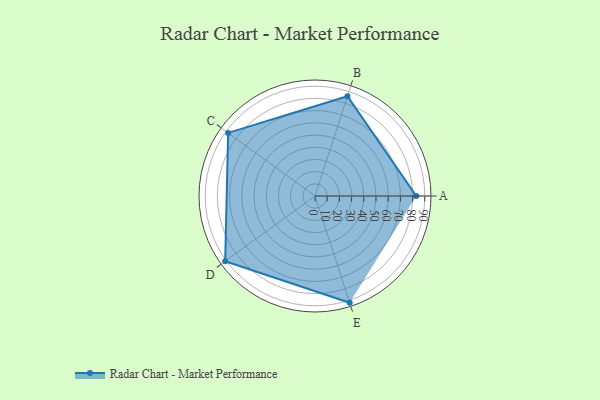
{"axis": {"x": "Skill", "y": "Score"}, "legend": ["Profile"], "data": [{"x": "A", "y": 83.0, "type": "Profile"}, {"x": "B", "y": 86.0, "type": "Profile"}, {"x": "C", "y": 88.0, "type": "Profile"}, {"x": "D", "y": 91.0, "type": "Profile"}, {"x": "E", "y": 92.0, "type": "Profile"}]}